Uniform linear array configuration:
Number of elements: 16
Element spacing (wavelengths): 0.75
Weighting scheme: hamming
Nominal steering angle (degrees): -60
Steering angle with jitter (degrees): -59.125
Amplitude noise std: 0.05
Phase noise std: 0.05

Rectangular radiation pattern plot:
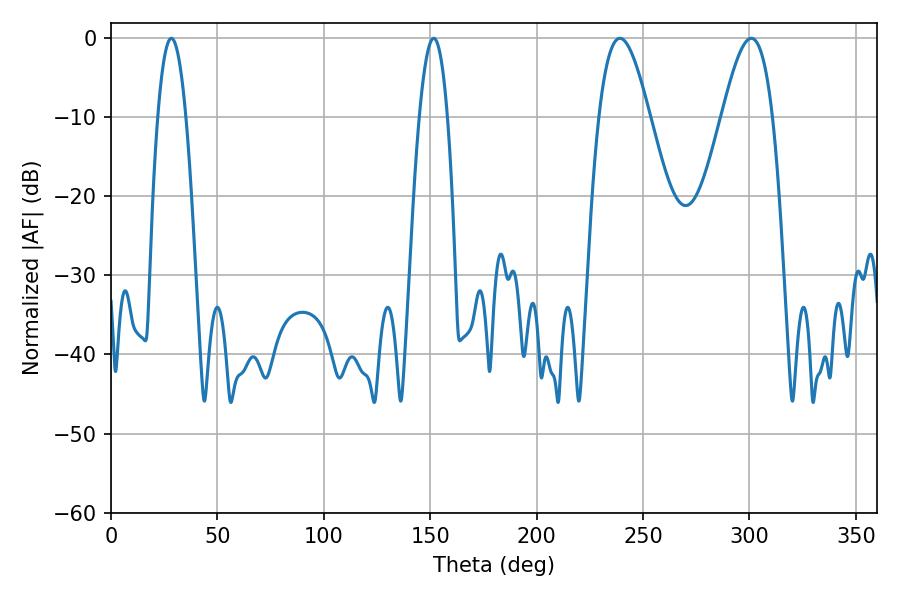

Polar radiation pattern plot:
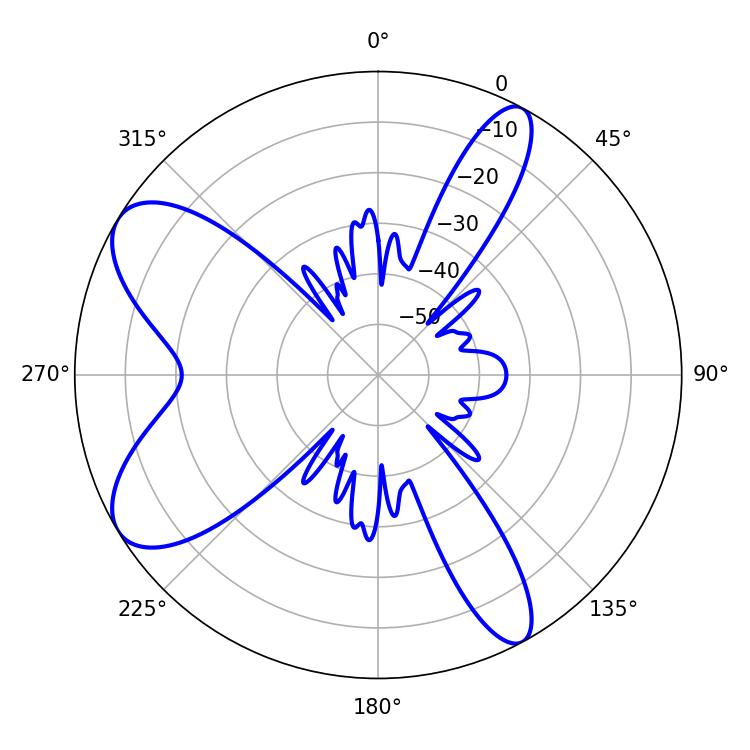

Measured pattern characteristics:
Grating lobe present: TRUE
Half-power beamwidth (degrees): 12.96
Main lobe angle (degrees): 239.22